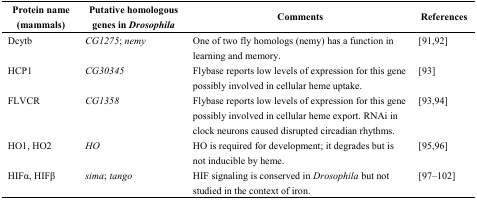
| Protein name (mammals) | Putative homologous genes inDrosophila | Comments | References |
 | --- | --- | --- | --- |
 | Dcytb | CG1275; nemy | One of two fly homologs (nemy) has a function in learning and memory. | [91,92] |
 | HCP1 | CG30345 | Flybase reports low levels of expression for this gene possibly involved in cellular heme uptake. | [93] |
 | FLVCR | CG1358 | Flybase reports low levels of expression for this gene possibly involved in cellular heme export. RNAi in clock neurons caused disrupted circadian rhythms. | [93,94] |
 | HO1, HO2 | HO | HO is required for development; it degrades but is not inducible by heme. | [95,96] |
 | HIFα, HIFβ | sima; tango | HIF signaling is conserved inDrosophila but not studied in the context of iron. | [97,98,99,100,101,102] |